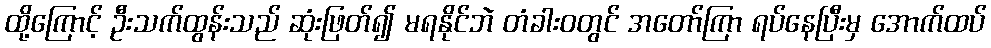
ထို့ကြောင့် ဦးသက်ထွန်းသည် ဆုံးဖြတ်၍ မရနိုင်ဘဲ တံခါးဝတွင် အတော်ကြာ ရပ်နေပြီးမှ အောက်ထပ်